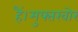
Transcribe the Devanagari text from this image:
हैं।मुफ्तखोर